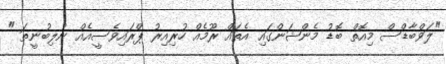
"ލަވްބާޑްސް މިއޮތް ބޮޑު މެންޝަންގައި އެތައް ރޫމެއް ހުރިއިރު ޕްރައިވެސީއެއް ނުލިބުނީތަ "